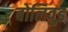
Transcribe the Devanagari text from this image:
बोलिवुड